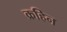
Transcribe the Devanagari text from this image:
क्रहिन